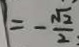
= - \frac { \sqrt { 2 } } { 2 }